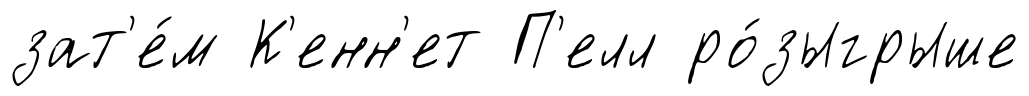
зат'е́м К'енн'ет П'елл ро́зыгрыше